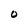
Character: O